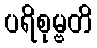
ပရိစုမ္ဗတိ